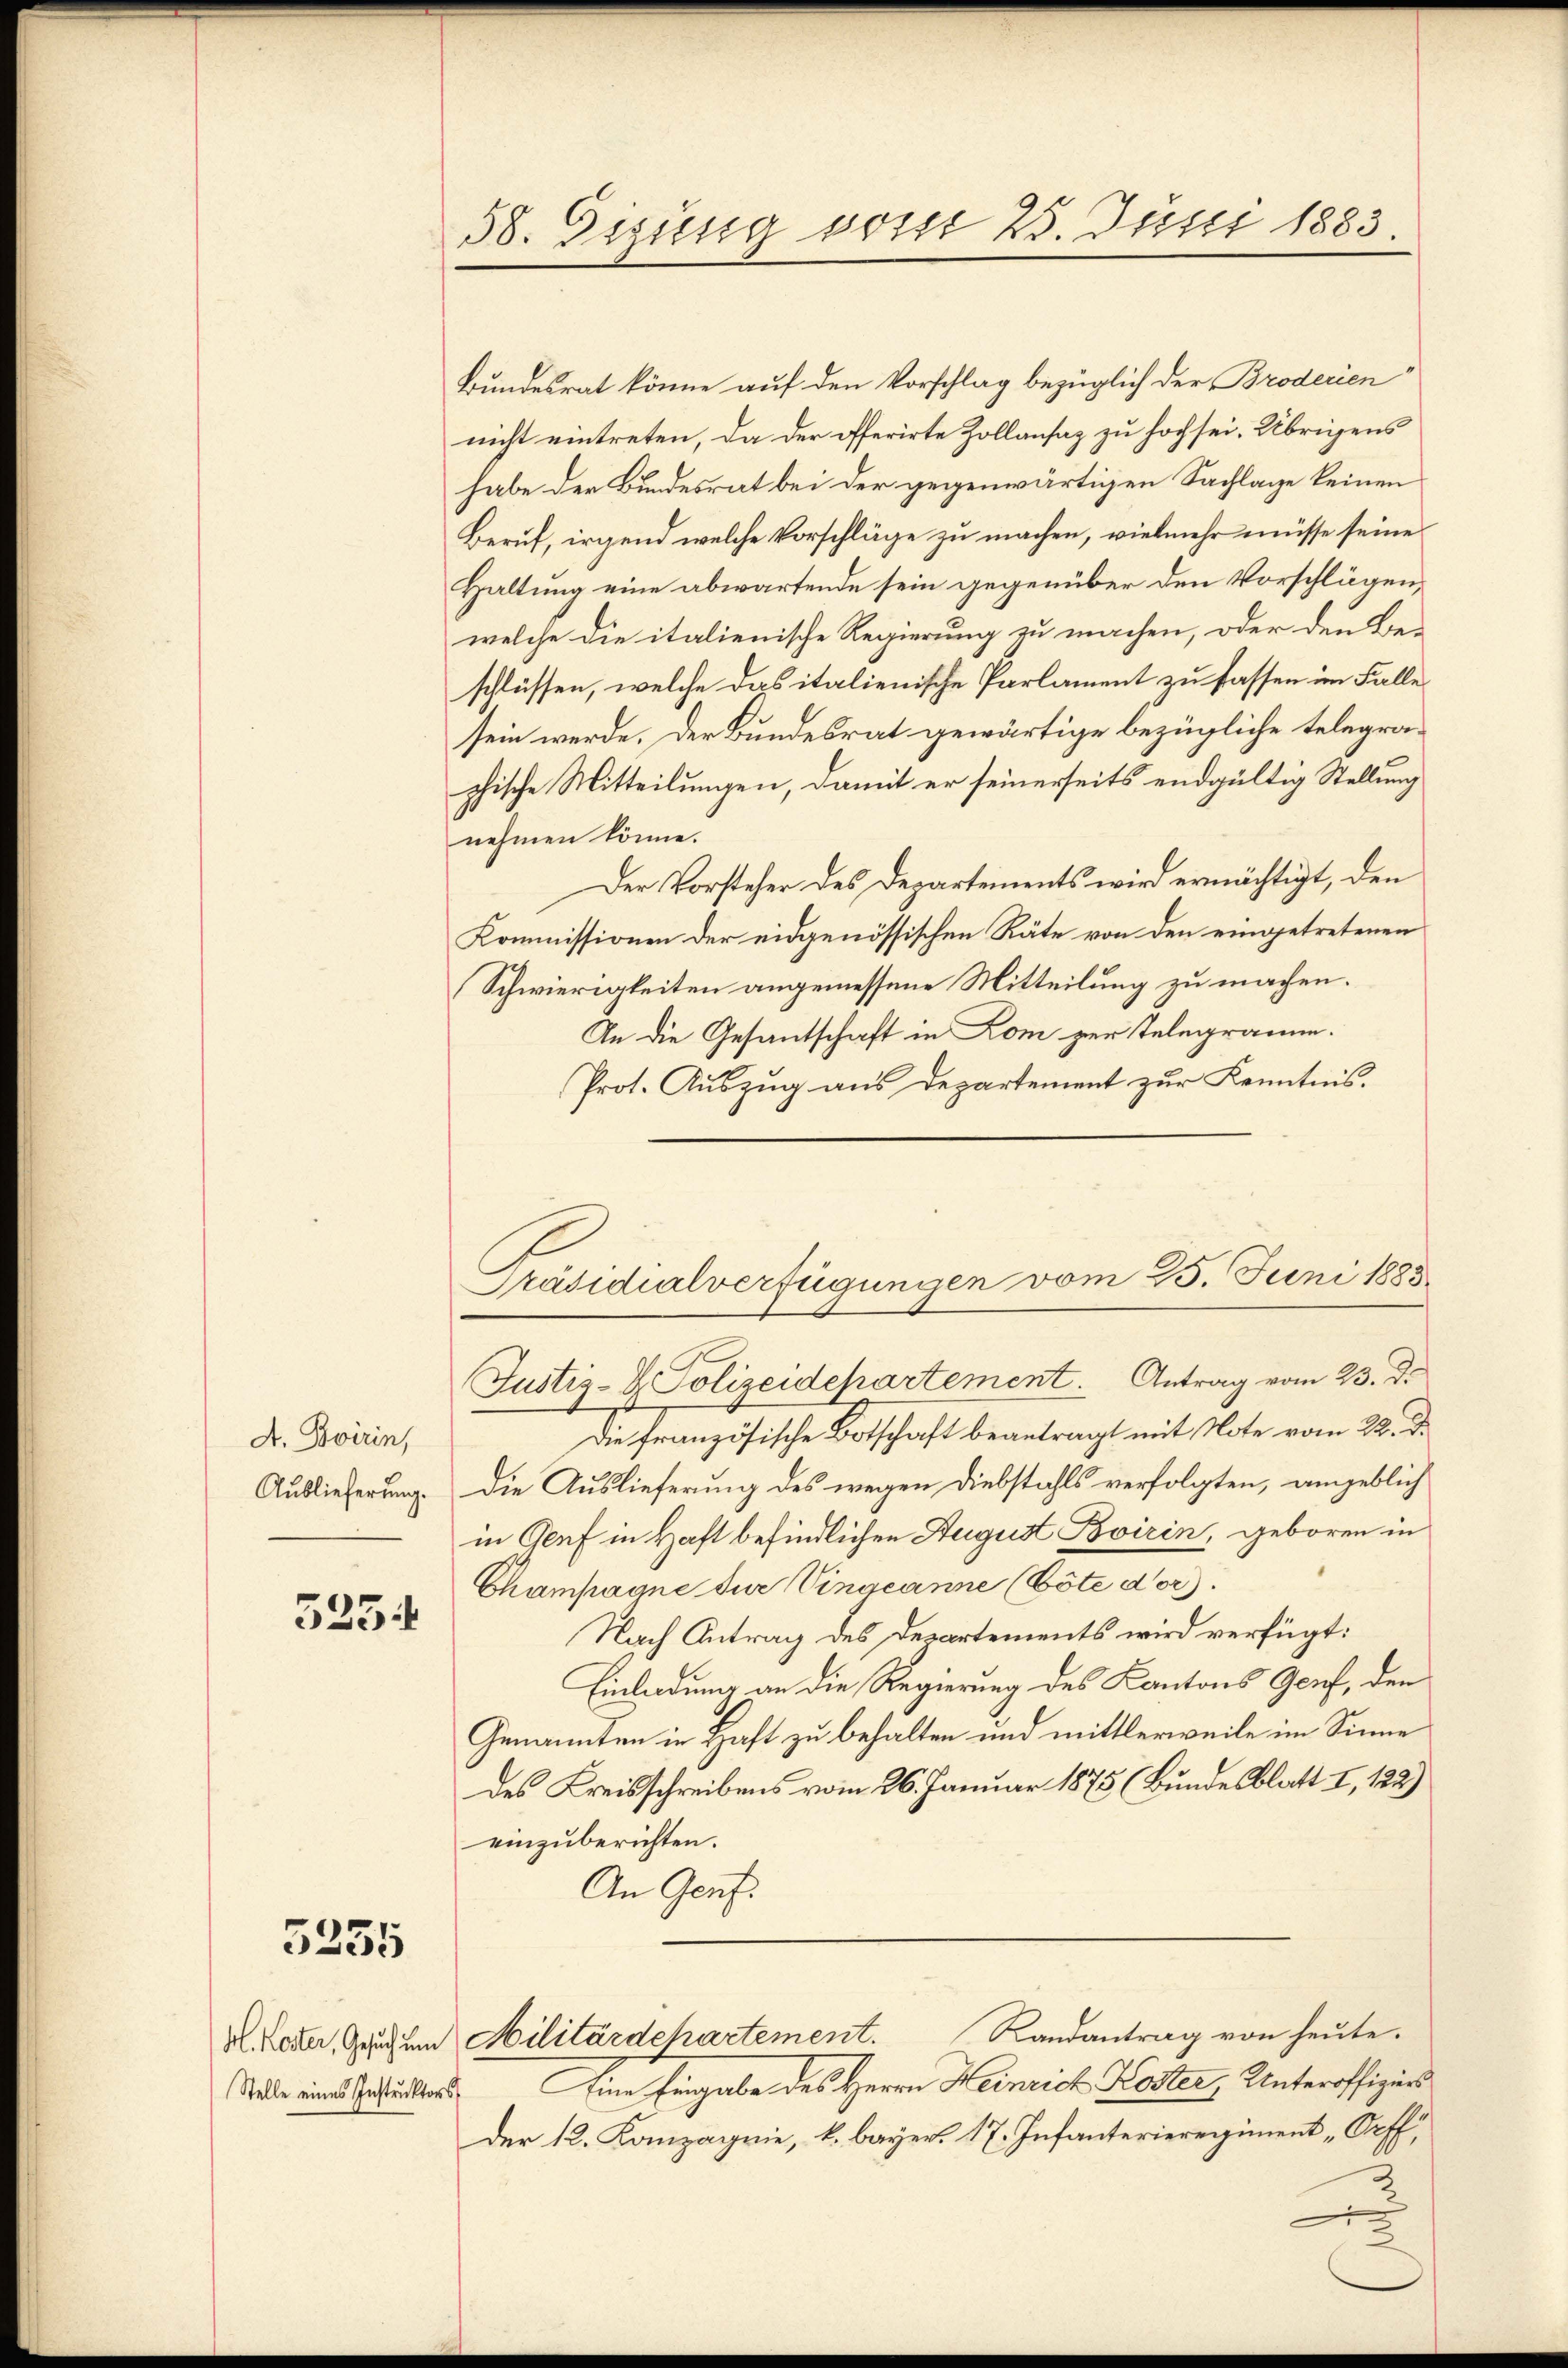
A. Bovirin,

5254

3235

Bundesrat könne auf den Vorschlag bezüglich der Broderien
nicht eintreten, da der offerirte Zollansaz zu hoch sei. Übrigens
habe der Bundesrat bei der gegenwärtigen Sachlage keinen
Beruf, irgend welche Vorschläge zu machen, vielmehr müsse seine
Haltung eine abwartende sein gegenüber den Vorschlägen,
welche die italienische Regierung zu machen, oder den Be-
schlüssen, welche das italienische Parlament zu fassen im Falle
sein werde. Der Bundesrat gewärtige bezügliche telegrachische Mitteilungen, damit er seinerseits endgültig Stellung
nehmen könne.
Der Vorsteher des Departements wird ermächtigt, den
Kommissionen der eidgenössischen Räte von den eingetretenen
Schwierigkeiten angemessene Mitteilung zu machen.
In die Gesantschaft in Dom zur Telegramm.
Prot. Auszug aus Departement zur Kenntnis.
Präsidialverfügungen vom 25. Juni 1885

Die französische Botschaft beantragt mit Note vom 22. d.
Auslieferung. Die Auslieferung des wegen Diebstahls verfolgten, umgeblich
in Genf in Haft befindlichen August Bvirin, geboren in
Champagne dur Vindeanne (Cöte dor).
Nach Antrag des Departements wird verfügt:
Einladung an die Regierung des Kantons Genf, den
Genannten in Haft zu behalten und mittlerweile im Sinne
des Kreisschreibens vom 26. Januar 1875 (Bundesblatt I, 122)
einzuberichten.
An Genf.
V. Leder, Grunden Militärdehartement. Randantrag von heŭte.
Sate eines Gesuchters Eine Eingabe des Herrn Heinrich Koster, Unteroffigers
der 12. Konzagrie, k. bayer, 17. Infanterieregiment „Orff,

58. Sizung vom 23. Juni 1883.

Justiz- & Polizeidepartement. Antrag vom 23. d.